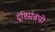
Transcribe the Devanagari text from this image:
दृष्टिसंबंधी